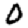
Digit: 0